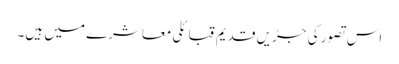
اس تصور کی جڑیں قدیم قبائلی معاشرے میں ہیں۔